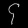
Digit: ၄